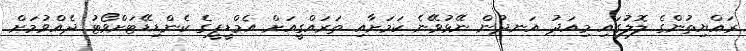
ރައްޔިތުންގެ ލޮލުގައި މިއަދު އަނދުން ނޭޅުވޭނެ ކަމަށާއި ތަރައްގީއަށް އެމްޑީޕީގެ ކެންޑިޑޭޓަށްވޯޓު ދެއްވުމަށް